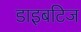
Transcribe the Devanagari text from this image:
डाइबटिज